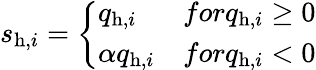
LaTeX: s_{\mathrm{h},i}=\left\{ \begin{array}{ll}{q_{\mathrm{h},i}}&{forq_{\mathrm{h},i}\ge 0}\\ {\alpha q_{\mathrm{h},i}}&{forq_{\mathrm{h},i}<0}\end{array}\right.